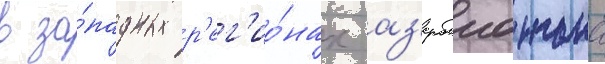
в за́падных р'ег'ио́нах аз'ербаиджана